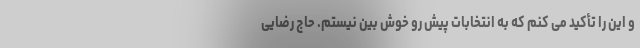
و این را تأکید می کنم که به انتخابات پیش رو خوش بین نیستم. حاج رضایی